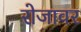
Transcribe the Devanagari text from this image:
रोजावर